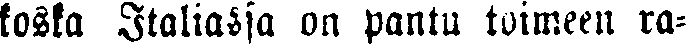
koska Italiassa on pantu toimeen ra-